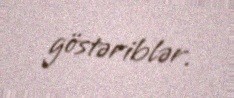
göstəriblər.